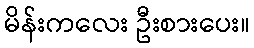
မိန်းကလေး ဦးစားပေး။